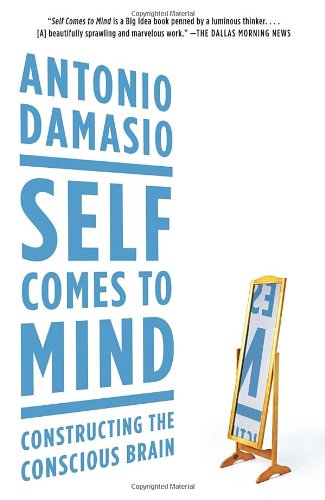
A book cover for Self Comes to Mind: Constructing the Conscious Brain; Antonio Damasio; Medical Books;